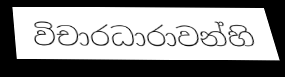
විචාරධාරාවන්හි